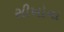
સીખોના